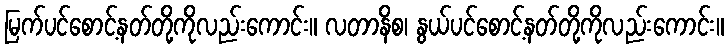
မြက်ပင်စောင့်နတ်တို့ကိုလည်းကောင်း။ လတာနိစ၊ နွယ်ပင်စောင့်နတ်တို့ကိုလည်းကောင်း။